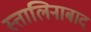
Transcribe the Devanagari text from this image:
स्तालिनाबाद